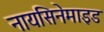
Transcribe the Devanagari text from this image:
नायसिनेमाइड